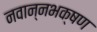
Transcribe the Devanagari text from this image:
नवान्नभक्षण